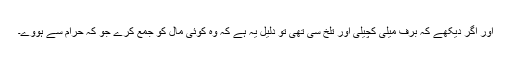
اور اگر دیکھے کہ برف میلی کچیلی اور تلخ سی تھی تو دلیل یہ ہے کہ وہ کوئی مال کو جمع کرے جو کہ حرام سے ہووے۔